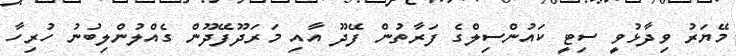
މޭޔަރު ވިދާޅުވީ ސިޓީ ކައުންސިލްގެ ފަރާތުން ފޭދޫ އާއި މަރަދޫފޭދޫން ގެއްލުންލިބުނު ހުރިހާ